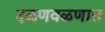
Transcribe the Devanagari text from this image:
दळणवळणात